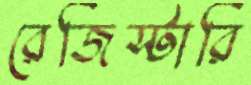
রেজিস্টারি